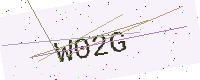
Text: W02G